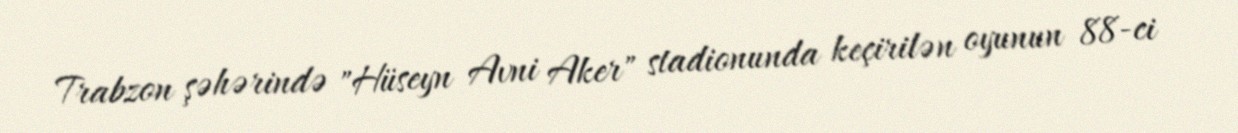
Trabzon şəhərində "Hüseyn Avni Aker" stadionunda keçirilən oyunun 88-ci